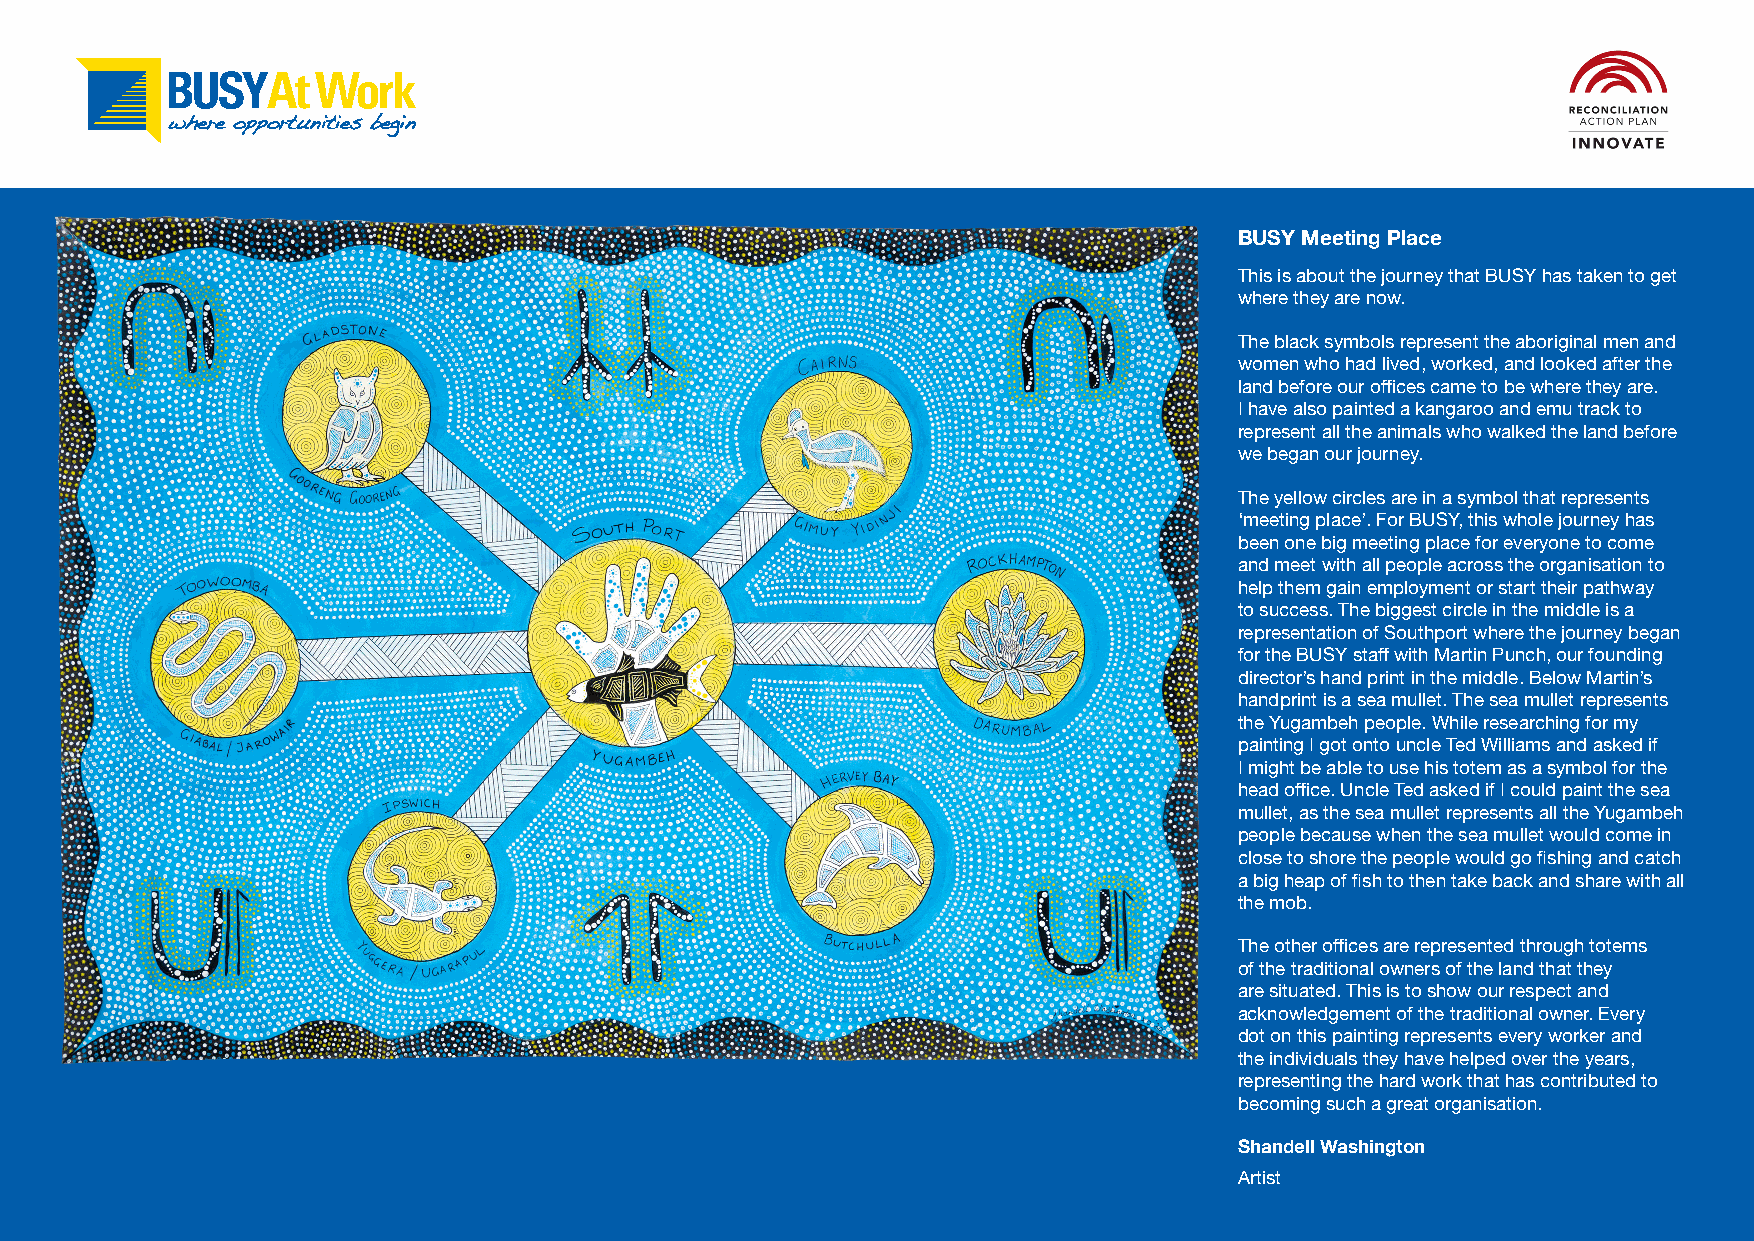
BUSY Meeting Place
 This is about the journey that BUSY has taken to get
 where they are now.
 The black symbols represent the aboriginal men and
 women who had lived, worked, and looked after the
 land before our offices came to be where they are.
 I have also painted a kangaroo and emu track to
 represent all the animals who walked the land before
 we began our journey.
 The yellow circles are in a symbol that represents
 ‘meeting place’. For BUSY, this whole journey has
 been one big meeting place for everyone to come
 and meet with all people across the organisation to
 help them gain employment or start their pathway
 to success. The biggest circle in the middle is a
 representation of Southport where the journey began
 for the BUSY staff with Martin Punch, our founding
 director’s hand print in the middle. Below Martin’s
 handprint is a sea mullet. The sea mullet represents
 the Yugambeh people. While researching for my
 painting I got onto uncle Ted Williams and asked if
 I might be able to use his totem as a symbol for the
 head office. Uncle Ted asked if I could paint the sea
 mullet, as the sea mullet represents all the Yugambeh
 people because when the sea mullet would come in
 close to shore the people would go fishing and catch
 a big heap of fish to then take back and share with all
 the mob.
 The other offices are represented through totems
 of the traditional owners of the land that they
 are situated. This is to show our respect and
 acknowledgement of the traditional owner. Every
 dot on this painting represents every worker and
 the individuals they have helped over the years,
 representing the hard work that has contributed to
 becoming such a great organisation.
 Shandell Washington
 Artist